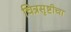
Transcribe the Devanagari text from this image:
चित्रसृष्टीचा